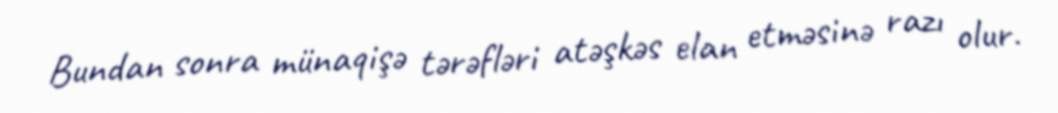
Bundan sonra münaqişə tərəfləri atəşkəs elan etməsinə razı olur.